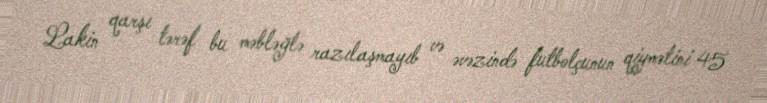
Lakin qarşı tərəf bu məbləğlə razılaşmayıb və əvəzində futbolçunun qiymətini 45